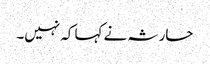
حارثہ نے کہا کہ نہیں۔